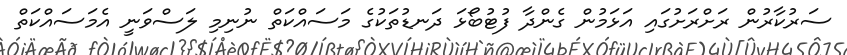
ސަރުކާރުން ރަށްރަށުގައި އަޅަމުން ގެންދާ ފުޓުބޯޅަ ދަނޑުތަކުގެ މަސައްކަތް ނުނިމި ލަސްވަނީ އެމަސައްކަތް